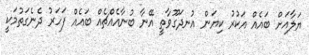
ޔަލާއަށް ބައެއް އަކުރު ކިޔަން އުނދަގޫވާތީ އޭނާ ބުނާއެއްޗެއް ބައެއް ފަހަރު ދެނެގަތުމަކީ